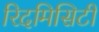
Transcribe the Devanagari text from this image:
रिदमिसिटी